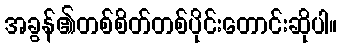
အခွန်၏တစ်စိတ်တစ်ပိုင်းတောင်းဆိုပါ။